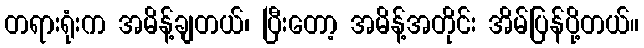
တရားရုံးက အမိန့်ချတယ်၊ ပြီးတော့ အမိန့်အတိုင်း အိမ်ပြန်ပို့တယ်။